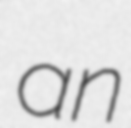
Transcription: an